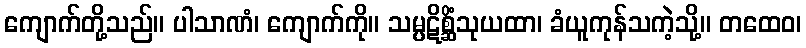
ကျောက်တို့သည်။ ပါသာဏံ၊ ကျောက်ကို။ သမ္ပဋိစ္ဆိံသုယထာ၊ ခံယူကုန်သကဲ့သို့။ တထေဝ၊